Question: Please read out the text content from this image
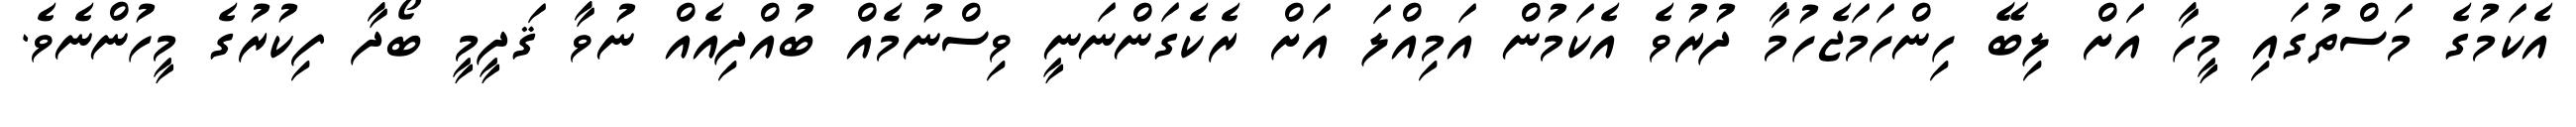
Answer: އެކަމުގެ މަސްތުގައި މީހާ އަށް ލިބޭ ހިންހަމަޖެހުމާ ދުރުވެ އެކަމުން އަމިއްލަ އަށް ރެކެގަންނަނީ ވިސްނުމެއް ބުއްދިއެއް ނުވާ ޤަދީމީ ބޯދާ ފިކުރުގެ މީހުންނެވެ.